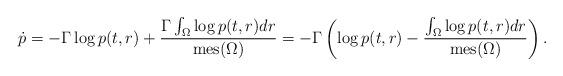
LaTeX: \begin{align*} \dot{p} = -\Gamma\log{p(t,r)} + \frac{\Gamma\int_{\Omega}\log{p(t,r)dr}}{\mathrm{mes}(\Omega)}=-\Gamma\left(\log{p(t,r)}-\frac{\int_{\Omega}\log{p(t,r)dr}}{\mathrm{mes}(\Omega)}\right).\end{align*}